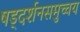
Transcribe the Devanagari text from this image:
षड्दर्शनसमुच्चय